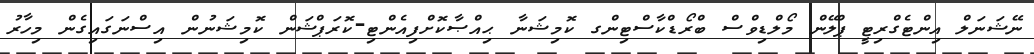
ނޭޝަނަލް އިންޓެގްރިޓީ ޕްލޭން މޯލްޑިވްސް ބްރޯޑްކާސްޓިންގ ކޮމިޝަނާ ޙިއްޞާކޮށްފިއެންޓި-ކޮރަޕްޝަން ކޮމިޝަނުން އިސްނަގައިގެން މިހާރު